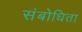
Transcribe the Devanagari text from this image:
संबोधिता